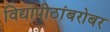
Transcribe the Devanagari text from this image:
विद्यापीठांबरोबर